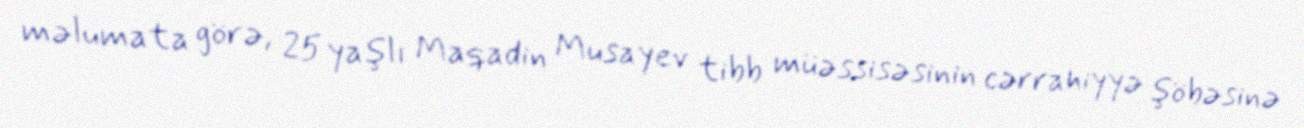
məlumata görə, 25 yaşlı Maqadin Musayev tibb müəssisəsinin cərrahiyyə şöbəsinə